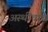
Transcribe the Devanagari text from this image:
अस्थीचाच